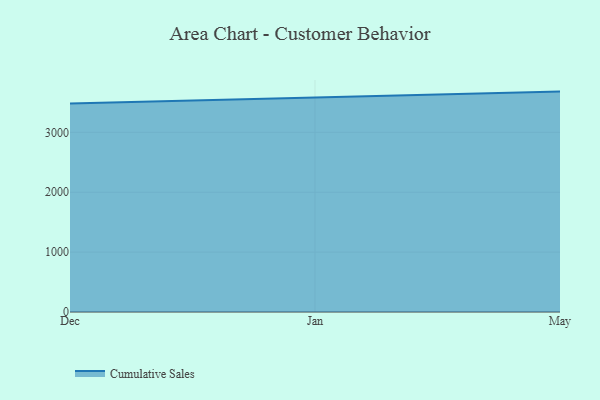
{"axis": {"x": "Month", "y": "Inventory Turnover"}, "legend": ["Cumulative Sales"], "data": [{"x": "Dec", "y": 3480.0, "type": "Cumulative Sales"}, {"x": "Jan", "y": 3581.5, "type": "Cumulative Sales"}, {"x": "May", "y": 3680.3, "type": "Cumulative Sales"}]}